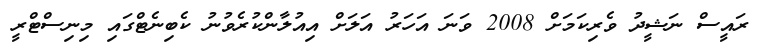
ރައީސް ނަޝީދު ވެރިކަމަށް 2008 ވަނަ އަހަރު އަލަށް އިއުލާންކުރެވުނު ކެބިނެޓްގައި މިނިސްޓްރީ